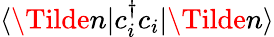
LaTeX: \langle\Tilde{n}|c_{i}^{\dagger}c_{i}|\Tilde{n}\rangle